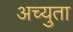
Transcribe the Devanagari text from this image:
अच्युता